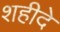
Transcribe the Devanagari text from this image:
शहीदे